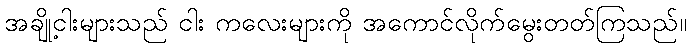
အချို့ငါးများသည် ငါး ကလေးများကို အကောင်လိုက်မွေးတတ်ကြသည်။